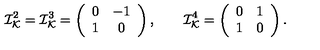
{ \cal I } _ { \cal K } ^ { 2 } = { \cal I } _ { \cal K } ^ { 3 } = \left( \begin{array} { c c } { 0 } & { - 1 } \\ { 1 } & { 0 } \\ \end{array} \right) , \qquad { \cal I } _ { \cal K } ^ { 4 } = \left( \begin{array} { c c } { 0 } & { 1 } \\ { 1 } & { 0 } \\ \end{array} \right) .